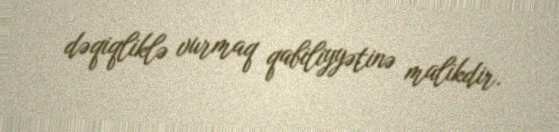
dəqiqliklə vurmaq qabiliyyətinə malikdir.